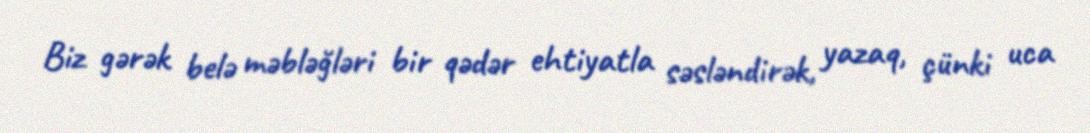
Biz gərək belə məbləğləri bir qədər ehtiyatla səsləndirək, yazaq, çünki uca